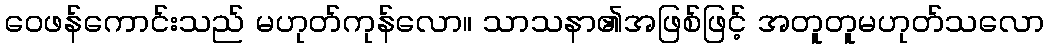
ဝေဖန်ကောင်းသည် မဟုတ်ကုန်လော။ သာသနာ၏အဖြစ်ဖြင့် အတူတူမဟုတ်သလော